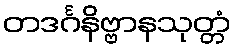
တဒင်္ဂနိဗ္ဗာနသုတ္တံ